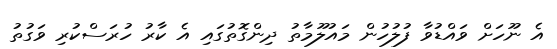
އެ ނޫހަށް ވައްޑުވާ ފުލުހުން މައުލޫމާތު ދިންގޮތުގައި އެ ކާރު ހުރަސްކުރި ވަގުތު